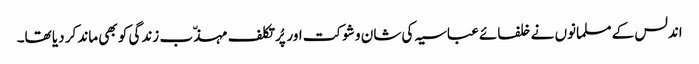
اندلس کے مسلمانوں نے خلفائے عباسیہ کی شان و شوکت اور پُرتکلف مہذّب زندگی کو بھی ماند کر دیا تھا۔